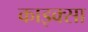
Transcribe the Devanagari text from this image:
काइक्सा